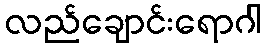
လည်ချောင်းရောဂါ